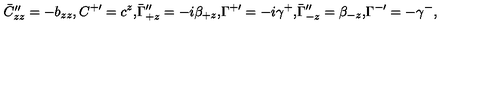
\begin{matrix} { \bar { C } _ { z z } ^ { \prime \prime } = - b _ { z z } , } & { C ^ { + \prime } = c ^ { z } , } \\ { \bar { \Gamma } _ { + z } ^ { \prime \prime } = - i \beta _ { + z } , } & { \Gamma ^ { + \prime } = - i \gamma ^ { + } , } \\ { \bar { \Gamma } _ { - z } ^ { \prime \prime } = \beta _ { - z } , } & { \Gamma ^ { - \prime } = - \gamma ^ { - } , } \\ \end{matrix}